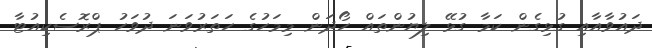
ދައުވާއާއި ގުޅިގެން ކަމާ ގުޅޭ ލިޔުންތައް ހޯދަން މިމަހުގެ ހަތަރުވަނަ ދުވަހު ޕްރޮސެކިއުޓާ